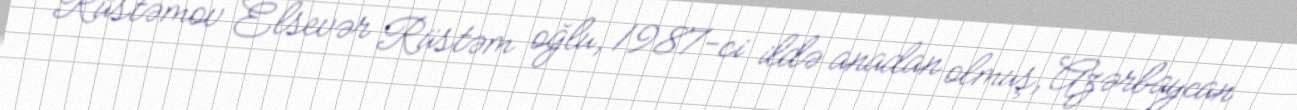
Rüstəmov Elsevər Rüstəm oğlu, 1987-ci ildə anadan olmuş, Azərbaycan